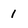
Character: 1